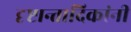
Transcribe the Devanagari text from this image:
दृष्टान्तादिकांनी